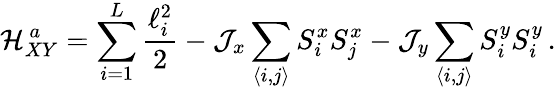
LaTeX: \mathcal{H}_{XY}^{\, a}=\sum_{i=1}^{L}\frac{\ell_{i}^{2}}{2}-\mathcal{J}_{x}\sum_{\langle i,j\rangle}S_{i}^{x}S_{j}^{x}-\mathcal{J}_{y}\sum_{\langle i,j\rangle}S_{i}^{y}S_{i}^{y}\, .